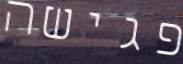
פגישה